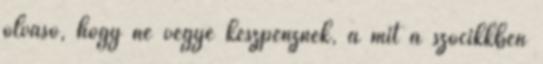
olvasó, hogy ne vegye készpénznek, a mit a szócikkben